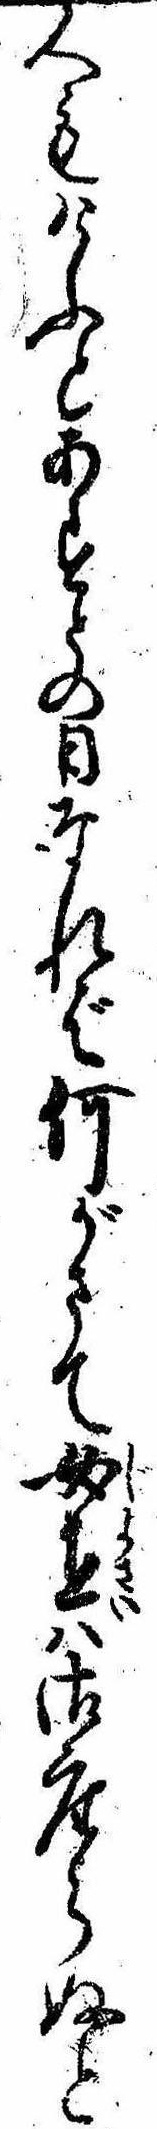
人もけふとあすとの日なれば何がさて女在は御座らぬと